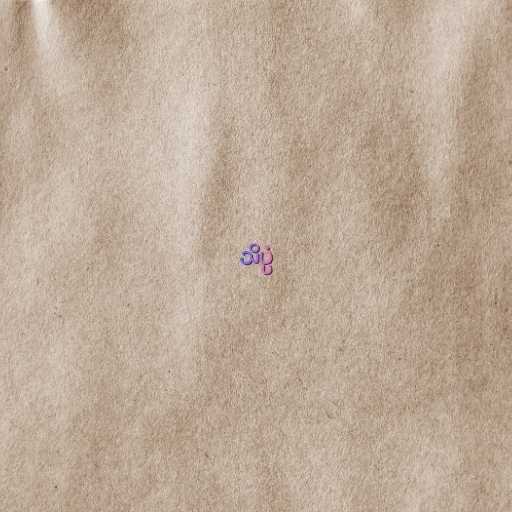
သိပ္ပံ